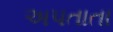
અપતાતા